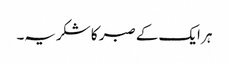
ہر ایک کے صبر کا شکریہ۔